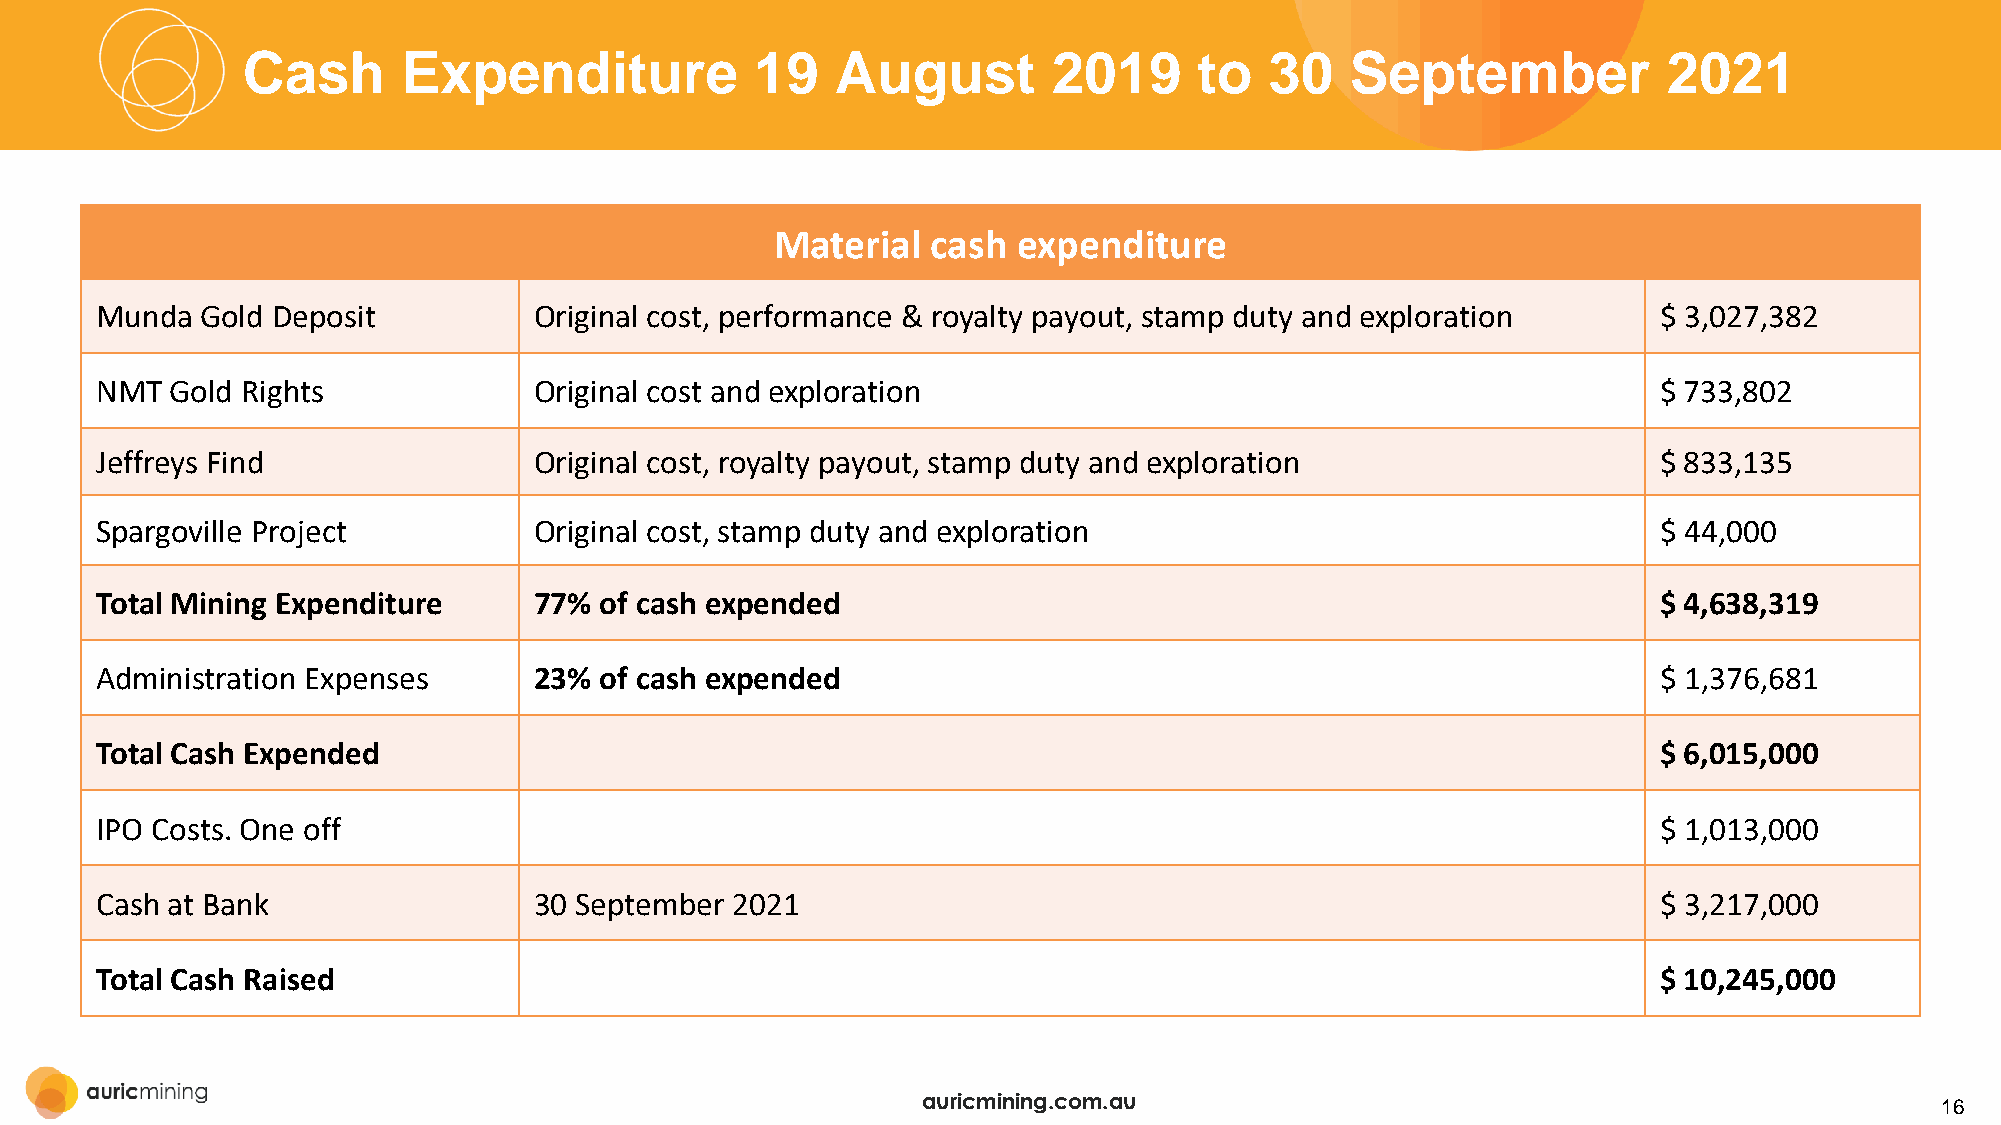
Cash       Expenditure            19   August         2019     to   30   September            2021
 Material   cash expenditure
 Munda  Gold Deposit          Original cost, performance & royalty payout, stamp duty and exploration    $ 3,027,382
 NMT  Gold Rights             Original cost and exploration                                              $ 733,802
 Jeffreys Find                Original cost, royalty payout, stamp duty and exploration                  $ 833,135
 Spargoville Project          Original cost, stamp duty and exploration                                  $ 44,000
 Total Mining Expenditure     77%  of cash expended                                                      $ 4,638,319
 Administration Expenses      23%  of cash expended                                                      $ 1,376,681
 Total Cash Expended                                                                                     $ 6,015,000
 IPO Costs. One off                                                                                      $ 1,013,000
 Cash at Bank                 30 September 2021                                                          $ 3,217,000
 Total Cash Raised                                                                                       $ 10,245,000
 auricmining.com.au
 16